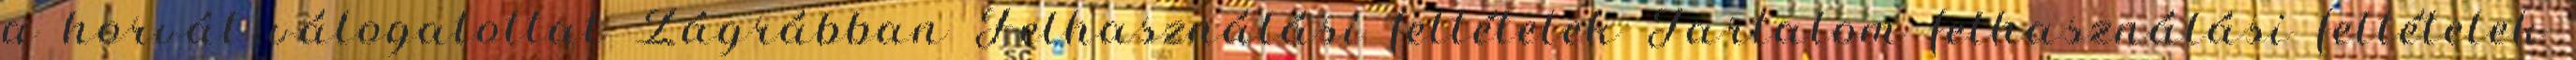
a horvát válogatottat Zágrábban Felhasználási feltételek Tartalom felhasználási feltételek